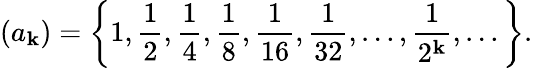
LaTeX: (a_{\mathbf{k}})=\left\{ 1,{\frac{{1}}{{2}}},{\frac{{1}}{{4}}},{\frac{{1}}{{8}}},{\frac{{1}}{{16}}},{\frac{{1}}{{32}}},\ldots,{\frac{{1}}{{2^{\mathbf{k}}}}},...\right\} .